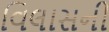
વિલાસની